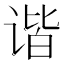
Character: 谐